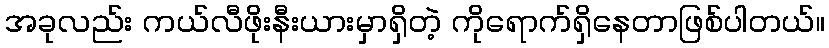
အခုလည်း ကယ်လီဖိုးနီးယားမှာရှိတဲ့ ကိုရောက်ရှိနေတာဖြစ်ပါတယ်။